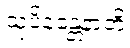
သုပိနန္တေနာတိ